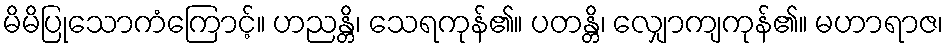
မိမိပြုသောကံကြောင့်။ ဟညန္တိ၊ သေရကုန်၏။ ပတန္တိ၊ လျှောကျကုန်၏။ မဟာရာဇ၊